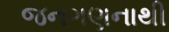
જનગણનાથી